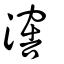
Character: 𣽸